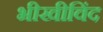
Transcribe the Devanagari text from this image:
भीखीविंद